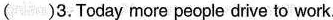
( )3.Today more people drive to work.